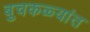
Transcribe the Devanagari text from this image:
बुचकळ्यांत